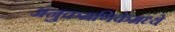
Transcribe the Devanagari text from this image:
अनुक्रमणिकेमध्ये